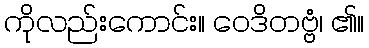
ကိုလည်းကောင်း။ ဝေဒိတဗ္ဗံ၊ ၏။